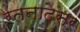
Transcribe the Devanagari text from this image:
रतनादेसर